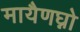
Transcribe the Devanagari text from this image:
मायैणघ्नो